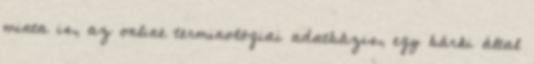
minta is, az online terminológiai adatbázis, egy bárki által